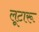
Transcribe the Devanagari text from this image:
लूटारू